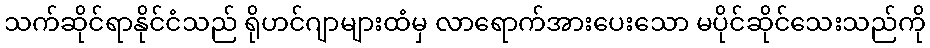
သက်ဆိုင်ရာနိုင်ငံသည် ရိုဟင်ဂျာများထံမှ လာရောက်အားပေးသော မပိုင်ဆိုင်သေးသည်ကို